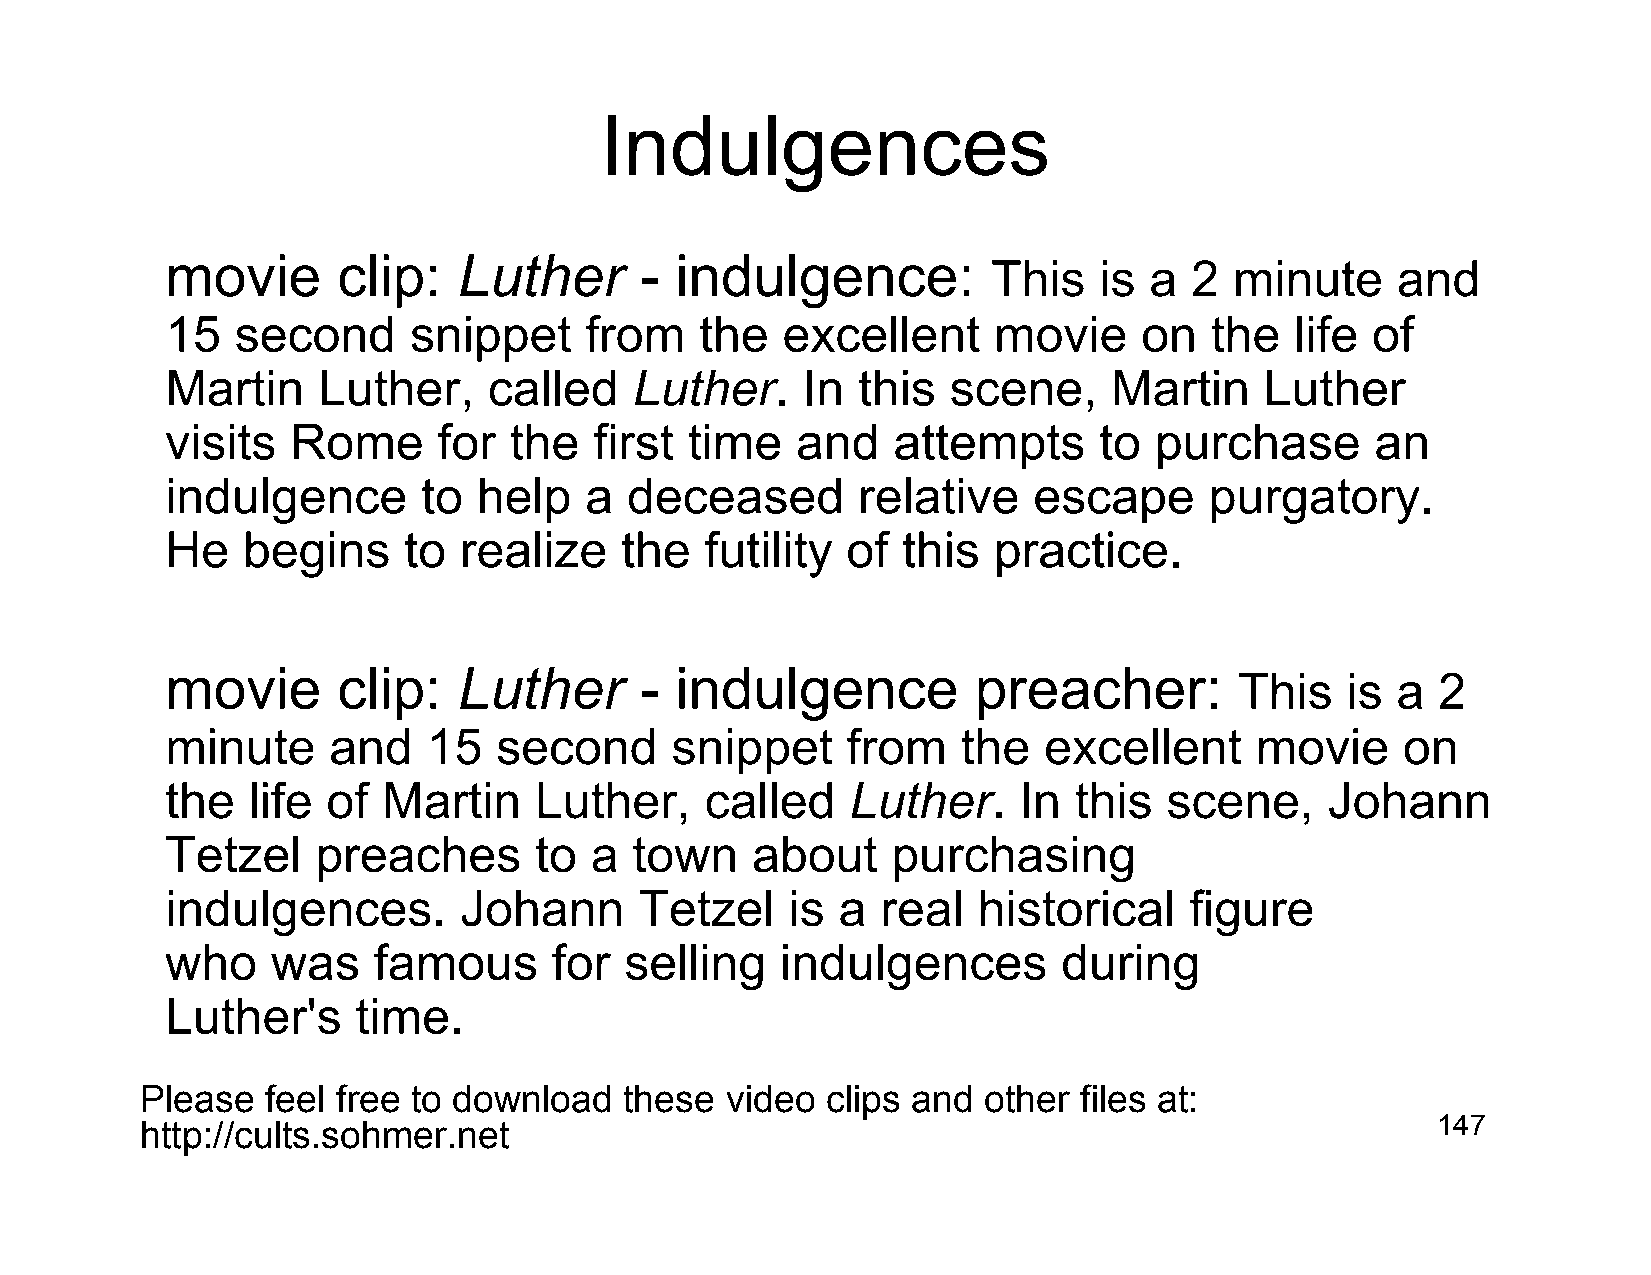
Indulgences
 movie      clip:   Luther      -  indulgence:
 This   is a  2  minute    and
 15   second     snippet     from   the   excellent     movie     on  the   life of
 Martin    Luther,    called    Luther.    In  this  scene,     Martin    Luther
 visits  Rome      for  the  first  time   and   attempts      to purchase       an
 indulgence       to  help   a deceased        relative   escape      purgatory.
 He   begins     to realize    the   futility of  this  practice.
 movie      clip:   Luther      -  indulgence          preacher:
 This   is a  2
 minute     and   15   second     snippet     from    the  excellent     movie     on
 the  life  of Martin    Luther,     called   Luther.    In  this  scene,     Johann
 Tetzel    preaches      to  a  town    about    purchasing
 indulgences.       Johann      Tetzel    is a  real   historical    figure
 who    was    famous      for selling    indulgences       during
 Luther's     time.
 Please   feel free to download  these  video  clips and other files at:
 http://cults.sohmer.net                                                               147